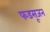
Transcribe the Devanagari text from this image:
फडसूजन